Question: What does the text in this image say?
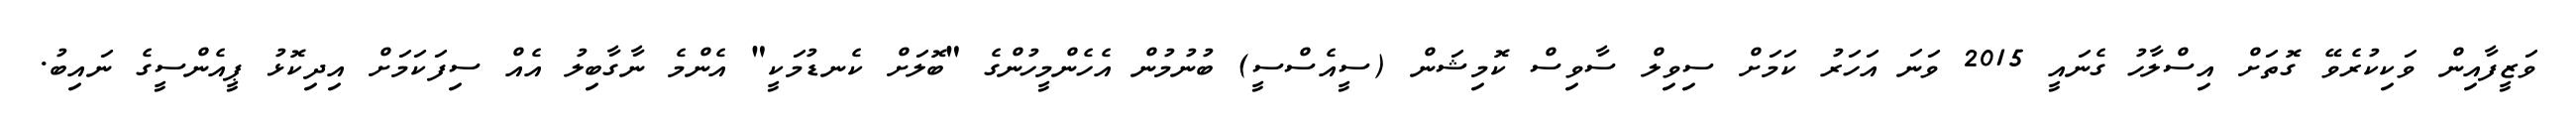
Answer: ވަޒީފާއިން ވަކިކުރެވޭ ގޮތަށް އިސްލާހު ގެނައީ 2015 ވަނަ އަހަރު ކަމަށް ސިވިލް ސާވިސް ކޮމިޝަން (ސީއެސްސީ) ބުނުމުން އެހެންމީހުންގެ "ބޮލަށް ކެނޑުމަކީ" އެންމެ ނާގާބިލު އެއް ސިފަކަމަށް އިދިކޮޅު ޕީއެންސީގެ ނައިބު.